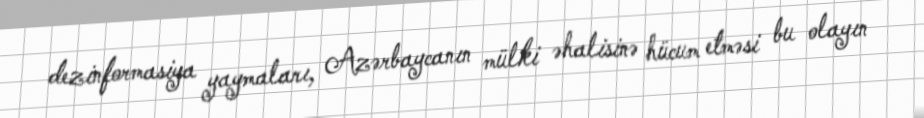
dezinformasiya yaymaları, Azərbaycanın mülki əhalisinə hücum etməsi bu olayın